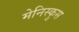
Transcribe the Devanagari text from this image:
मेनिस्कुस